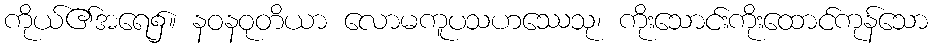
ကိုယ်၏အရေ၌။ နဝနဝုတိယာ လောမကူပသဟဿေသု၊ ကိုးသောင်းကိုးထောင်ကုန်သော